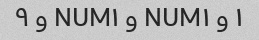
۱ و NUM۱ و NUM۱ و ۹